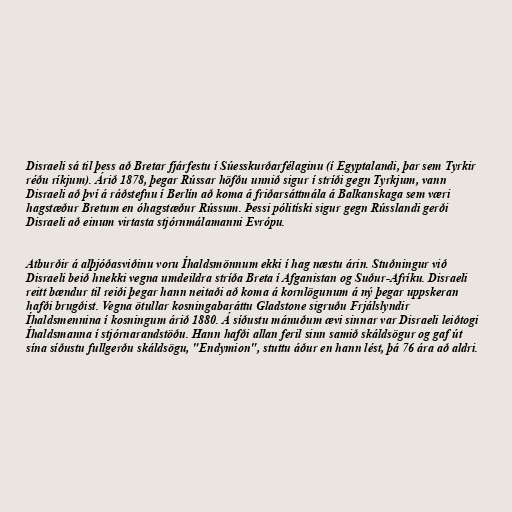
Disraeli sá til þess að Bretar fjárfestu í Súesskurðarfélaginu (í Egyptalandi, þar sem Tyrkir
réðu ríkjum). Árið 1878, þegar Rússar höfðu unnið sigur í stríði gegn Tyrkjum, vann
Disraeli að því á ráðstefnu í Berlín að koma á friðarsáttmála á Balkanskaga sem væri
hagstæður Bretum en óhagstæður Rússum. Þessi pólitíski sigur gegn Rússlandi gerði
Disraeli að einum virtasta stjórnmálamanni Evrópu.

Atburðir á alþjóðasviðinu voru Íhaldsmönnum ekki í hag næstu árin. Stuðningur við
Disraeli beið hnekki vegna umdeildra stríða Breta í Afganistan og Suður-Afríku. Disraeli
reitt bændur til reiði þegar hann neitaði að koma á kornlögunum á ný þegar uppskeran
hafði brugðist. Vegna ötullar kosningabaráttu Gladstone sigruðu Frjálslyndir
Íhaldsmennina í kosningum árið 1880. Á síðustu mánuðum ævi sinnar var Disraeli leiðtogi
Íhaldsmanna í stjórnarandstöðu. Hann hafði allan feril sinn samið skáldsögur og gaf út
sína síðustu fullgerðu skáldsögu, "Endymion", stuttu áður en hann lést, þá 76 ára að aldri.